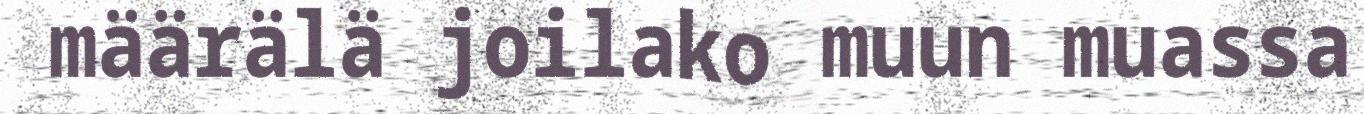
määrälä joilako muun muassa